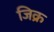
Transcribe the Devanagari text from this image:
जिक्र